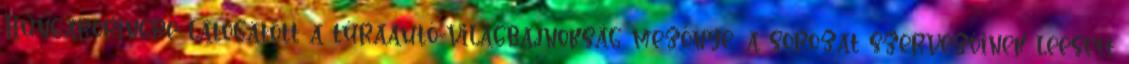
Hungaroringre látogatott a túraautó-világbajnokság mezőnye, a sorozat szervezőinek leesett